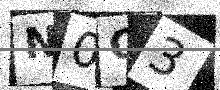
Text: N0C3